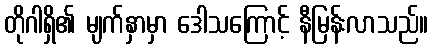
တိုဂါရှိ၏ မျက်နှာမှာ ဒေါသကြောင့် နီမြန်းလာသည်။